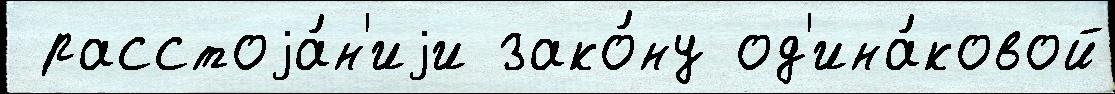
 расстоjа́н'иjи зако́ну од'ина́ковой